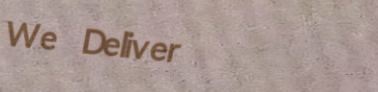
We Deliver